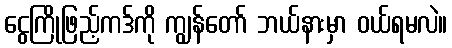
ငွေကြိုဖြည့်ကဒ်ကို ကျွန်တော် ဘယ်နားမှာ ဝယ်ရမလဲ။